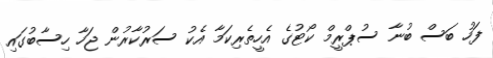
ފަހު ބަސް ބުނާ ސުޕްރީމް ކޯޓުގެ އެހީތެރިކަމާ އެކު ސަރުކާރުން ޖަހާ ހިސާބުގައި